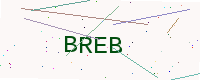
Text: BREB